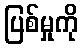
ပြစ်မှုကို